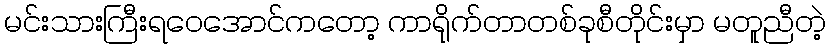
မင်းသားကြီးရဝေအောင်ကတော့ ကာရိုက်တာတစ်ခုစီတိုင်းမှာ မတူညီတဲ့